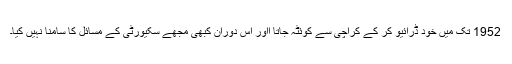
1952 تک میں خود ڈرائیو کر کے کراچی سے کوئٹہ جاتا ااور اس دوران کبھی مجھے سکیورٹی کے مسائل کا سامنا نہیں کیا۔